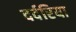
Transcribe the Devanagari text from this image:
दर्दरिया